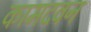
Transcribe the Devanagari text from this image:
कामदवन